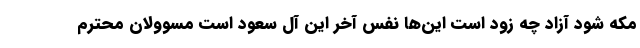
مکه شود آزاد چه زود است این‌ها نفس آخر این آل سعود است مسوولان محترم